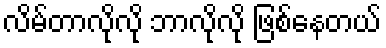
လိမ်တာလိုလို ဘာလိုလို ဖြစ်နေတယ်